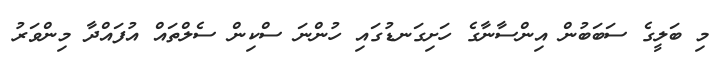
މި ބަލީގެ ސަބަބުން އިންސާނާގެ ހަށިގަނޑުގައި ހުންނަ ސްކިން ސެލްތައް އުފައްދާ މިންވަރު